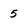
Character: 5